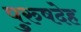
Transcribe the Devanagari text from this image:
पुरुषदेह